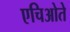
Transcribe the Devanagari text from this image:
एचिओते